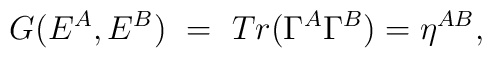
G(E^A,E^B)~=~Tr(\Gamma^A \Gamma^B)=\eta^{AB},\nonumber